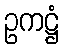
ဥကဋ္ဌံ